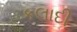
કલાદી